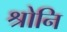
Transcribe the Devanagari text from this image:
श्रोनि